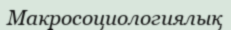
Макросоциологиялық